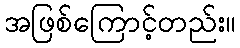
အဖြစ်ကြောင့်တည်း။